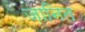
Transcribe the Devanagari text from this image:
जानित